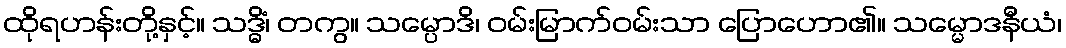
ထိုရဟန်းတို့နှင့်။ သဒ္ဓိံ၊ တကွ။ သမ္ပောဒိ၊ ဝမ်းမြာက်ဝမ်းသာ ပြောဟော၏။ သမ္မောဒနီယံ၊